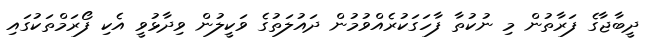
ދީބާޖާގެ ފަރާތުން މި ނުކުތާ ފާހަގަކުރެއްވުމުން ދައުލަތުގެ ވަކީލުން ވިދާޅުވީ އެކި ފޯރަމްތަކުގައި